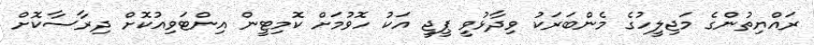
ރައްޔިތުންގެ މަޖިލީހުގެ މެންބަރަކު ވިދާޅުވީ ޕީޖީ އަކު ހޮވުމަށް ކޮމިޓީން އިންޓަވިއުކޮށް ދިރާސާކޮށް